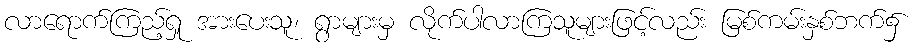
လာရောက်ကြည့်ရှု အားပေးသူ၊ ရွာများမှ လိုက်ပါလာကြသူများဖြင့်လည်း မြစ်ကမ်းနှစ်ဘက်၌